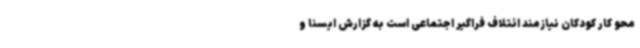
محو کار کودکان نیازمند ائتلاف فراگیر اجتماعی است به گزارش ایسنا و